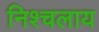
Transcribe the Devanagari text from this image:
निश्चलाय